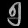
Digit: ၅